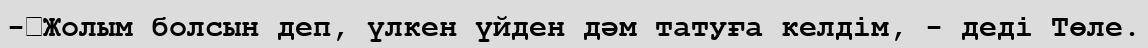
-	Жолым болсын деп, үлкен үйден дәм татуға келдім, - деді Төле.